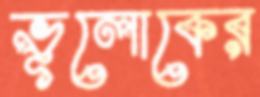
ভূলোকের